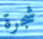
شجرة